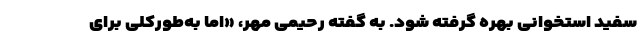
سفید استخوانی بهره گرفته شود. به گفته رحیمی مهر، «اما به‌طورکلی برای